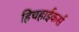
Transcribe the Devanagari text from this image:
हिचहाईकर्स